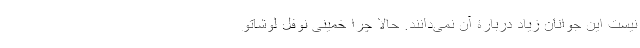
نیست این جوانان زیاد دربارۀ آن نمی‌دانند. حالا چرا خمینیِ نوفل لوشاتو